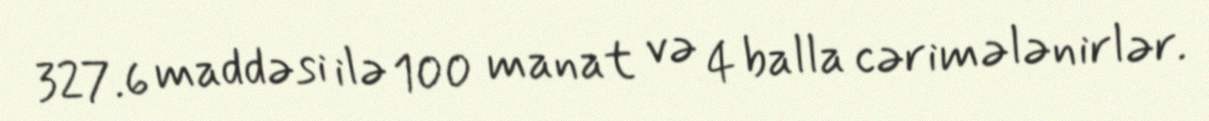
327.6 maddəsi ilə 100 manat və 4 balla cərimələnirlər.